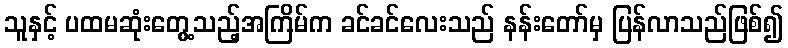
သူနှင့် ပထမဆုံးတွေ့သည့်အကြိမ်က ခင်ခင်လေးသည် နန်းတော်မှ ပြန်လာသည်ဖြစ်၍